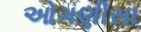
ઓગણીસા